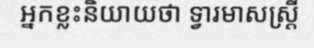
អ្នកខ្លះនិយាយថា ទ្វារមាសស្ត្រី